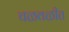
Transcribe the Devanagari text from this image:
चळवळीत